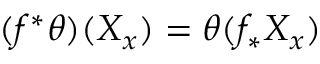
( f ^ { * } \theta ) ( X _ { x } ) = \theta ( f _ { * } ^ { } X _ { x } )